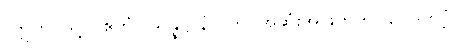
(ဣတိ၊ သို့။) ဧတံ (သန္နိဋ္ဌာနံ)၊ ဤ အဆုံးအဖြတ်ကို။ ဝေဒိတဗ္ဗံ။